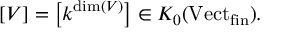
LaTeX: [ V ] = \left[ k ^ { \dim ( V ) } \right] \in K _ { 0 } ( \mathrm { V e c t } _ { \mathrm { f i n } } ) .